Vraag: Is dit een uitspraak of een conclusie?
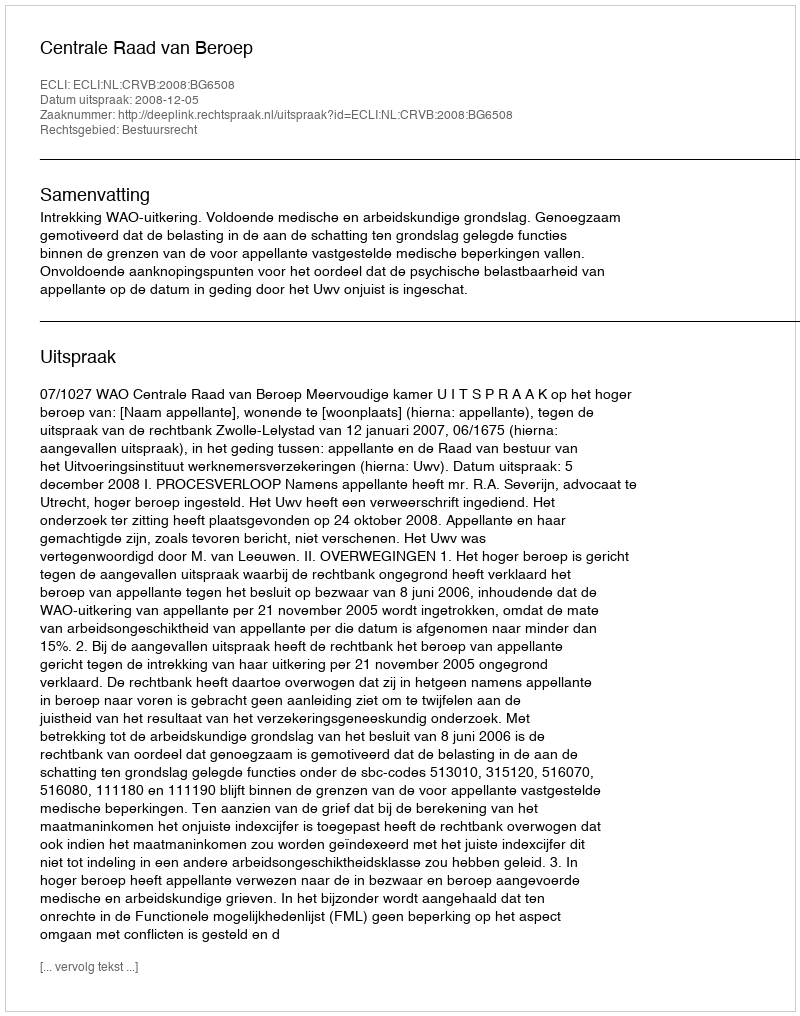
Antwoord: Uitspraak